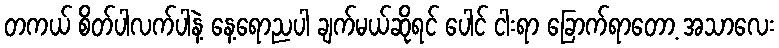
တကယ် စိတ်ပါလက်ပါနဲ့ နေ့ရောညပါ ချက်မယ်ဆိုရင် ပေါင် ငါးရာ ခြောက်ရာတော့ အသာလေး